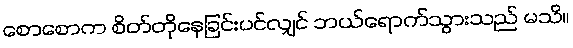
စောစောက စိတ်တိုနေခြင်းပင်လျှင် ဘယ်ရောက်သွားသည် မသိ။